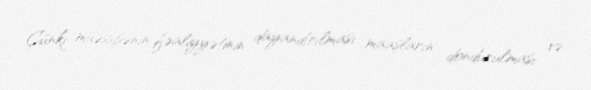
Çünki müəssisənin fəaliyyətinin dayandırılması maaşların dondurulması və